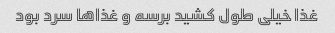
غذا خیلی طول کشید برسه و غذاها سرد بود